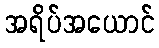
အရိပ်အယောင်